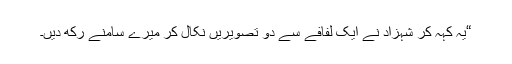
“یہ کہہ کر شہزاد نے ایک لفافے سے دو تصویریں نکال کر میرے سامنے رکھ دیں۔